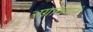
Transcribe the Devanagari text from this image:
अग्राख्यानं